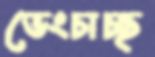
ভেংচাচ্ছ